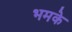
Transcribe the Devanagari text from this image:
भमके